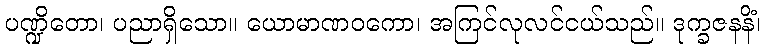
ပဏ္ဍိတော၊ ပညာရှိသော။ ယောမာဏဝကော၊ အကြင်လုလင်ငယ်သည်။ ဒုက္ခဇနနိံ၊